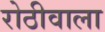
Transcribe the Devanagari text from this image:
रोठीवाला